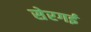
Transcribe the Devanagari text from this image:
सेरगई